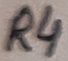
Text: R4